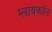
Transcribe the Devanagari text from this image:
ग्लायकॉल